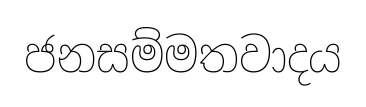
ජනසම්මතවාදය